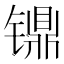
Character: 𰾸